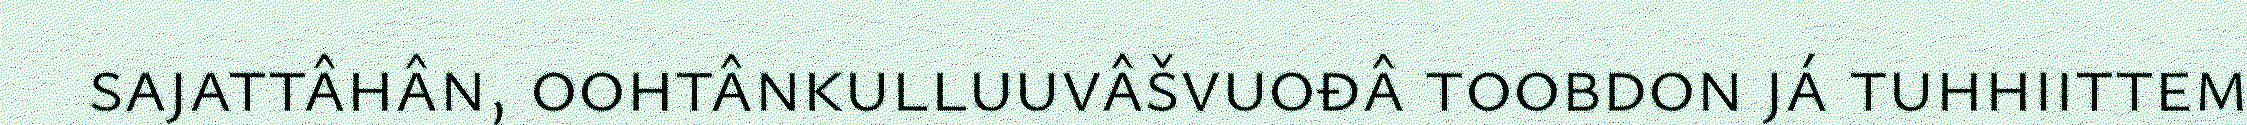
sajattâhân, oohtânkulluuvâšvuođâ toobdon já tuhhiittem